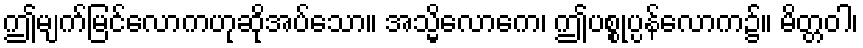
ဤမျက်မြင်လောကဟုဆိုအပ်သော။ အသ္မိလောကေ၊ ဤပစ္စုပ္ပန်လောက၌။ မိတ္တဝါ၊